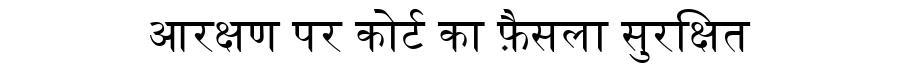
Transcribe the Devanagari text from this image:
आरक्षण पर कोर्ट का फ़ैसला सुरक्षित